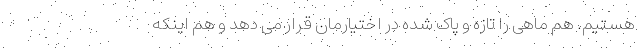
هستیم. هم ماهی را تازه و پاک شده در اختیارمان قرار می دهد و هم اینکه